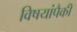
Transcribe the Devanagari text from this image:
विषयांपैकी